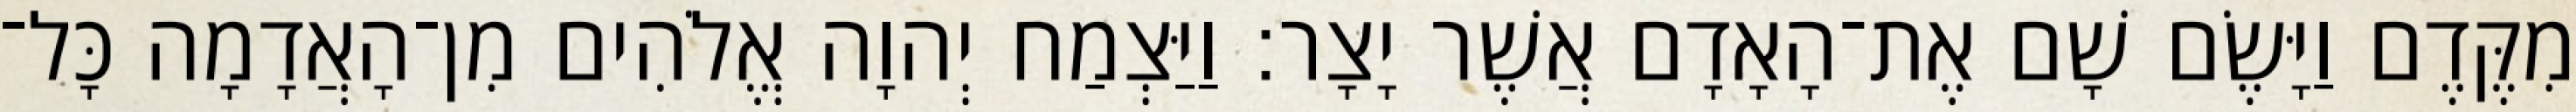
מִקֶּדֶם וַיָּשֶׂם שָׁם אֶת־הָאָדָם אֲשֶׁר יָצָר׃ וַיַּצְמַח יְהוָה אֱלֹהִים מִן־הָאֲדָמָה כָּל־